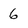
Character: 6